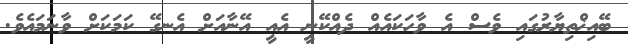
ބޭއިޚްތިޔާރުގައި ވެސް އެ ވާހަކައެއް ދެއްކޭނީ އެއީ އޭނާއަށް އެނގޭ ކަމަކަށް ވާނަމައެވެ.